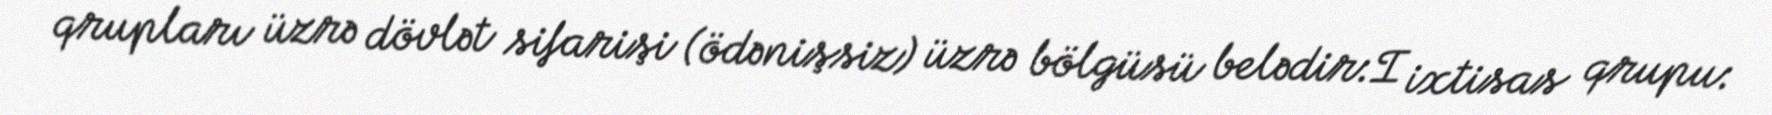
qrupları üzrə dövlət sifarişi (ödənişsiz) üzrə bölgüsü belədir:I ixtisas qrupu: